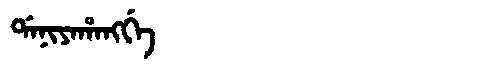
Manchu: ᡩᠠᠨᡳᠶᠠᡥᠠᠩᡤᡝ
Romanization: DANIYAHANGGE